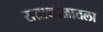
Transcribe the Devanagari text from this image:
सत्ताकाळातला